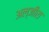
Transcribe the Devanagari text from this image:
अल्जीरा